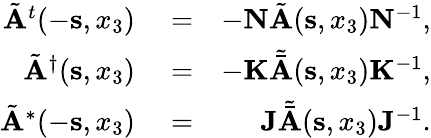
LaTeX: \begin{array}{rlr}{\tilde{\mathbf A}^{t}(-{{\mathbf s}},x_{3})}&{{}=}&{-{\mathbf N}\tilde{\mathbf A}({{\mathbf s}},x_{3}){\mathbf N}^{-1},}\\ {\tilde{\mathbf A}^{\dagger}({{\mathbf s}},x_{3})}&{{}=}&{-{\mathbf K}{\tilde{\bar{\mathbf A}}}({{\mathbf s}},x_{3}){\mathbf K}^{-1},}\\ {\tilde{\mathbf A}^{*}(-{{\mathbf s}},x_{3})}&{{}=}&{{\mathbf J}{\tilde{\bar{\mathbf A}}}({{\mathbf s}},x_{3}){\mathbf J}^{-1}.}\end{array}